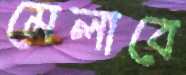
মেলাবে